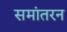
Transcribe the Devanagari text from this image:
समांतरन